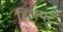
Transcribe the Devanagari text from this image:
हिंजपट्ट